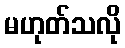
မဟုတ်သလို